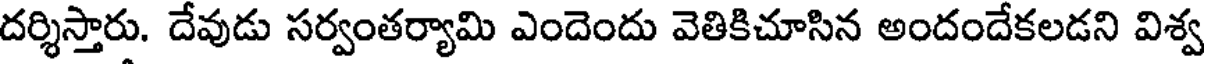
దర్శిస్తారు. దేవుడు సర్వంతర్యామి ఎందెందు వెతికిచూసిన అందందేకలడని విశ్వ